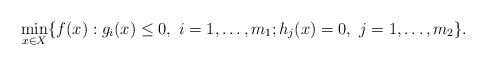
\begin{align*}\begin{array}{rl}\min\limits_{x \in X} \{f(x): g_i(x) \leq 0, \ i=1,\ldots,m_1; h_j(x) = 0, \ j=1,\ldots,m_2\}.\end{array}\end{align*}